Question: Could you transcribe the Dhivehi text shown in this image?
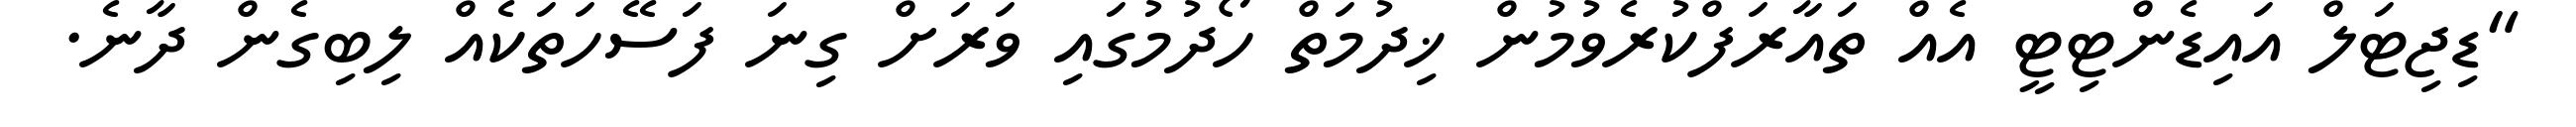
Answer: "ޑިޖިޓަލް އައިޑެންޓިޓީ އެއް ތައާރަފްކުރެވުމުން ޚިދުމަތް ހޯދުމުގައި ވަރަށް ގިނަ ފަސޭހަތަކެއް ލިބިގެން ދާނެ.